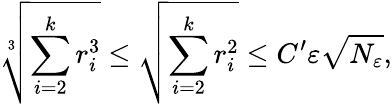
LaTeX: \sqrt[3]{\sum_{i=2}^{k}r_{i}^{3}}\leq\sqrt{\sum_{i=2}^{k}r_{i}^{2}}\leq C^{\prime}\varepsilon\sqrt{N_{\varepsilon}},